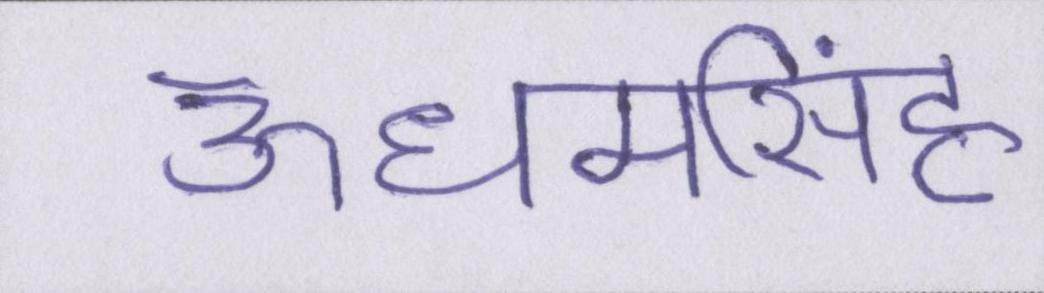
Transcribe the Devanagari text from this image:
ऊधमसिंह